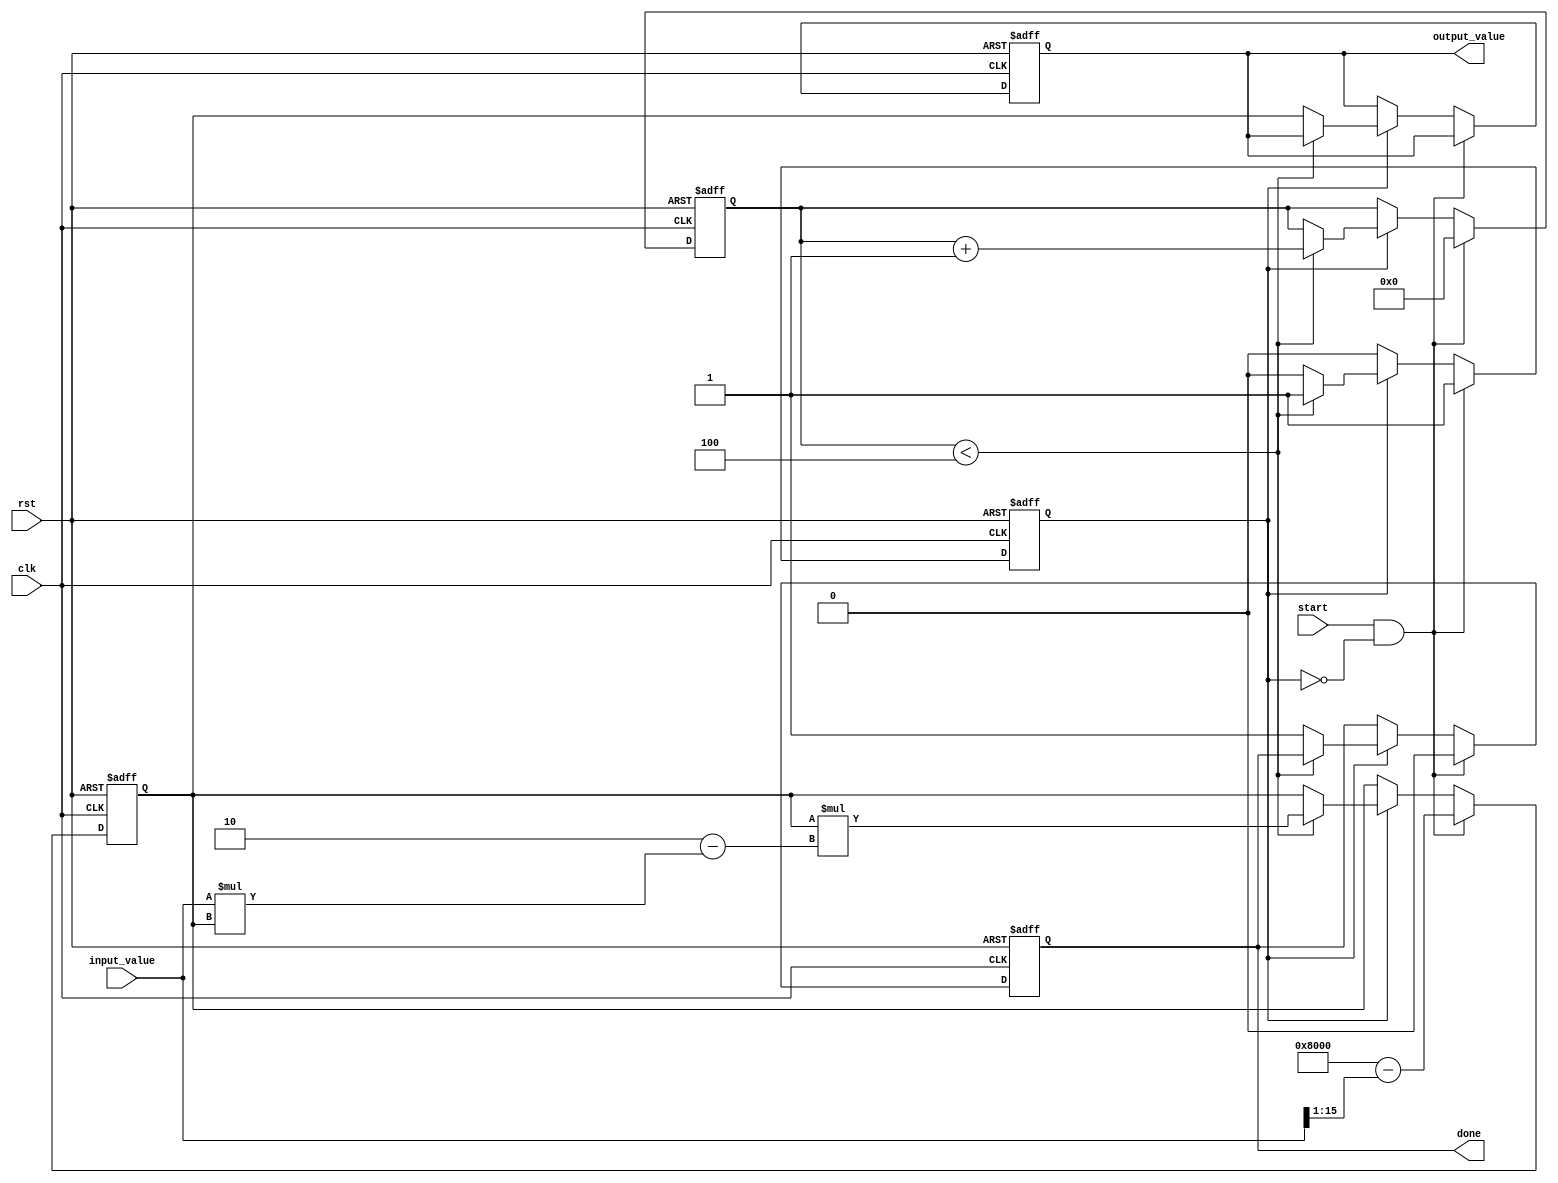
module DirectReciprocalUnit #(
    parameter INPUT_WIDTH = 16,  // Width of the input
    parameter OUTPUT_WIDTH = 16, // Width of the output (reciprocal)
    parameter ITERATIONS = 4      // Number of iterations for Newton-Raphson
)(
    input  wire [INPUT_WIDTH-1:0]  input_value, // Input value (non-zero)
    input  wire                     start,         // Start signal
    output reg                      done,          // Done signal
    output reg [OUTPUT_WIDTH-1:0]  output_value,  // Reciprocal output
    input  wire                     clk,           // Clock signal
    input  wire                     rst            // Reset signal
);

    reg [OUTPUT_WIDTH-1:0] approx;  // Approximation of the reciprocal
    reg [3:0] iteration_counter;      // Iteration counter
    reg computing;                    // State for computing

    always @(posedge clk or posedge rst) begin
        if (rst) begin
            done <= 0;
            output_value <= 0;
            approx <= 0;
            iteration_counter <= 0;
            computing <= 0;
        end else if (start && !computing) begin
            // Start the computation
            approx <= {1'b1, {OUTPUT_WIDTH-1{1'b0}}} - (input_value >> 1); // Initial approximation
            iteration_counter <= 0;
            computing <= 1;
            done <= 0;
        end else if (computing) begin
            if (iteration_counter < ITERATIONS) begin
                // Newton-Raphson iteration
                approx <= approx * (2'h2 - input_value * approx); // Update the approximation
                iteration_counter <= iteration_counter + 1;
            end else begin
                // Finished computation
                output_value <= approx;
                done <= 1;
                computing <= 0;
            end
        end
    end
endmodule